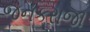
જનકરાજા